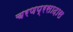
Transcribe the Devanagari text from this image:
चरणप्रसादास